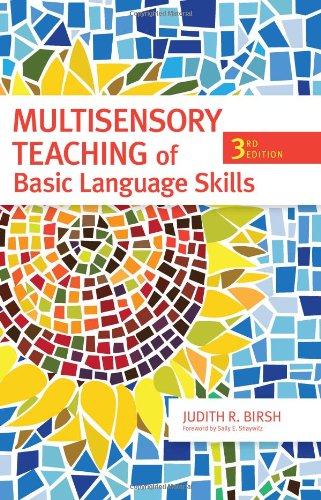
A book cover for Multisensory Teaching of Basic Language Skills, Third Edition; Beverly J. Wolf M.Ed.; Education & Teaching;